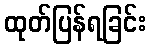
ထုတ်ပြန်ရခြင်း